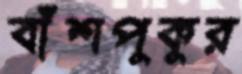
বাঁশপুকুর